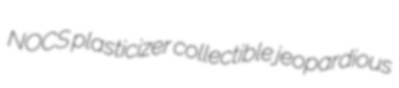
NOCS plasticizer collectible jeopardious